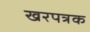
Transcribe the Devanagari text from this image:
खरपत्रक